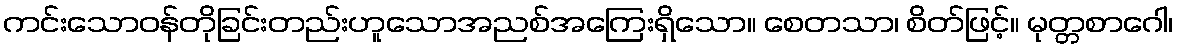
ကင်းသောဝန်တိုခြင်းတည်းဟူသောအညစ်အကြေးရှိသော။ စေတသာ၊ စိတ်ဖြင့်။ မုတ္တစာဂေါ၊